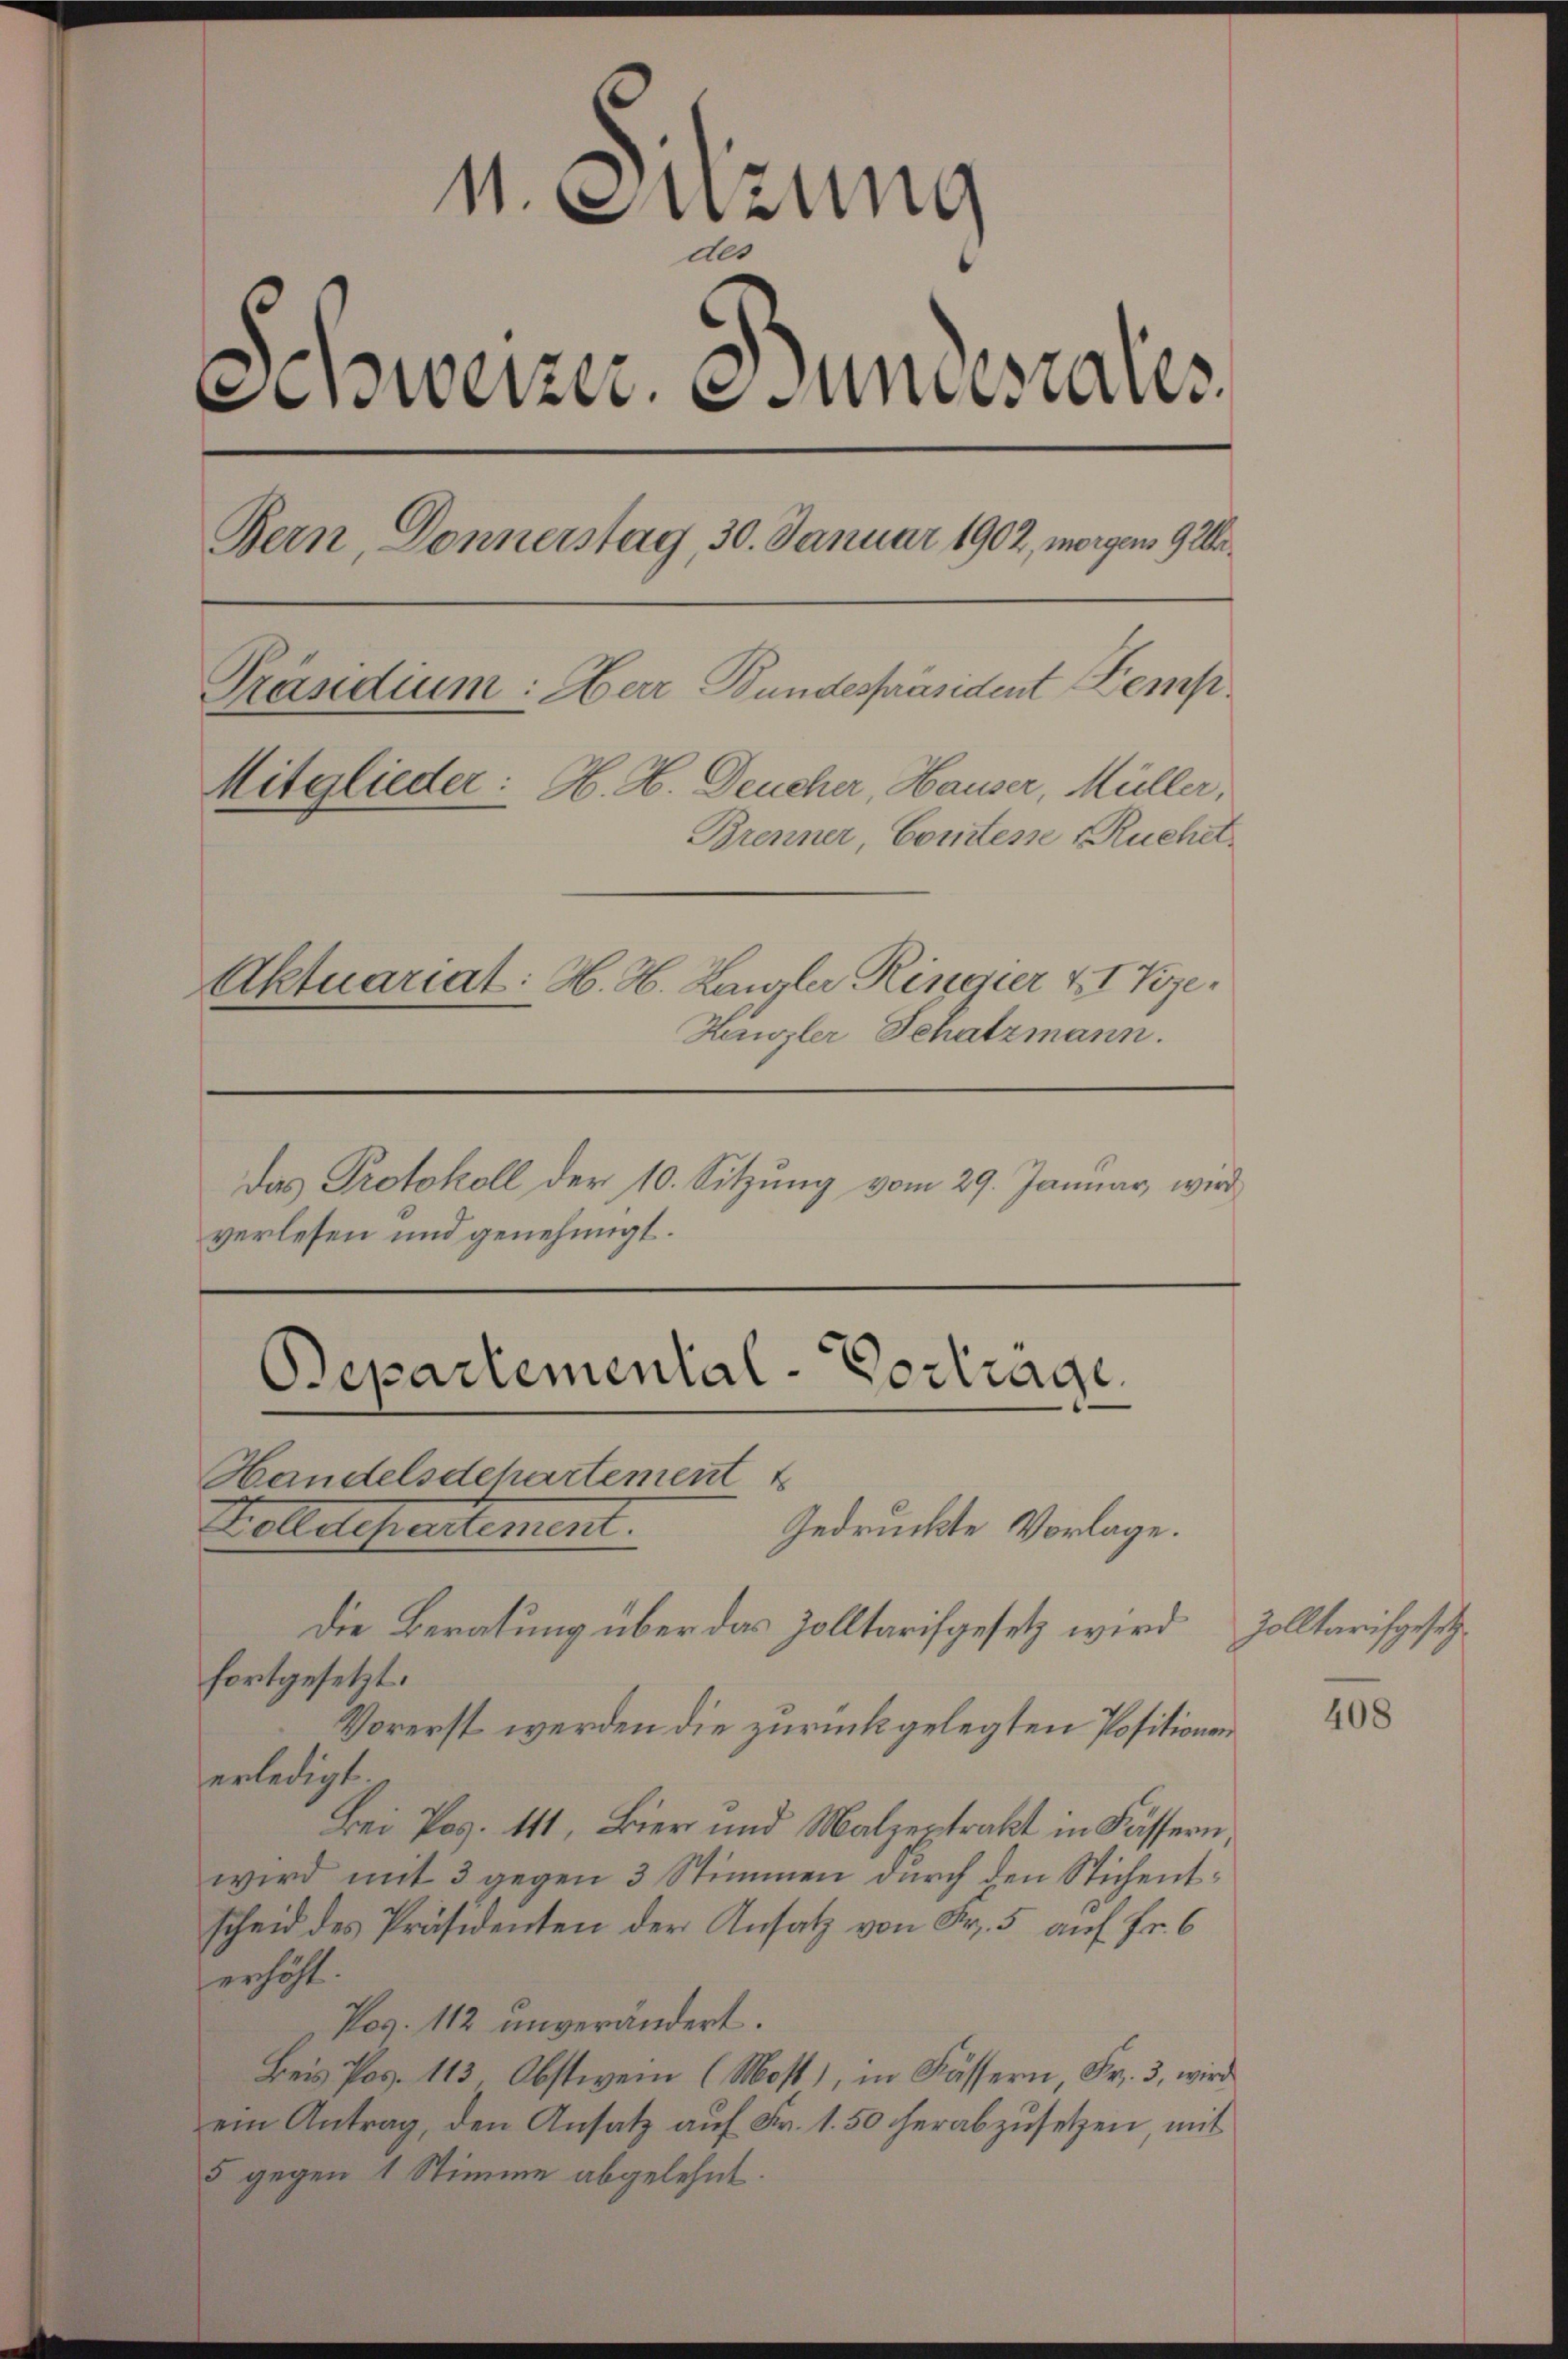
1. Sitzung
des
Anweizer. Gunstates.
Bern, Donnerstag, 30. Januar 1902, morgen 9 Wa¬
Präsidium: Herr Bundespräsident Kemp¬
Mitglieder: H. H. Deucher, Hauser, Müller,
Brenner, Comtesse Ruchet.
Aktuariat: H. H. Langler Ringier XI Vize¬
Kanzler Schatzmann.
Das Protokoll der 10. Sitzung vom 29. Januar, wird
verlesen und genehmigt.

Separtemental-Vortrage.
Handelsdchartement
Stolldepartement.
Gedruckte Vorlage.
Die Beratung über das Zolltarifgesetz wird

fortgesetzt.
Vorerst werden die zurückgelegten Positionen
erledigt
Bei Pos. 111, Bier und Malzextrakt in Fässern
wird mit 3 gegen 3 Stimmen durch den Stichentscheid des Präsidenten der Ansatz von Fr. 5 auf Fr. 6
erhöht.
Pos. 112 unverändert.
Beis Pos. 113, Obstwein (Most), in Fässern, Fr. 3, wird
ein Antrag, den Ansatz auf Fr. 1.50 herabzusetzen mit
5 gegen 1 Stimme abgelehnt.

Zolltarifgesetz

408